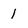
Character: 1